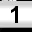
Digit: 1